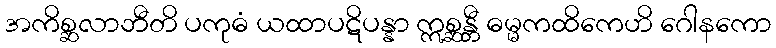
အကိစ္ဆလာဘီတိ ပကုဓံ ယထာပဋိပန္နာ ဣစ္ဆန္တီ ဓမ္မကထိကေဟိ ဂေါနကော